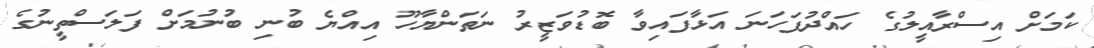
ކަމަށް އިސްރާއީލުގެ ހައްދުފަހަނަ އަޅާފައިވާ ބޮޑުވަޒީރު ނަތަންޔާހޫ އިއްޔެ ބުނި ބުނުމަށް ފަލަސްތީނުގެ